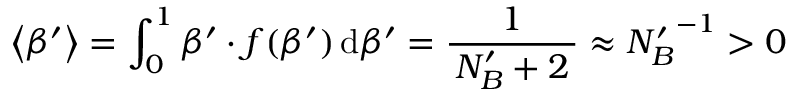
\quad \: \left< \beta ^ { \prime } \right> = \int _ { 0 } ^ { 1 } \beta ^ { \prime } \cdot f ( \beta ^ { \prime } ) \, \mathrm { d } \beta ^ { \prime } = \frac { 1 } { \, N _ { B } ^ { \prime } + 2 \, } \approx { N _ { B } ^ { \prime } } ^ { - 1 } > 0